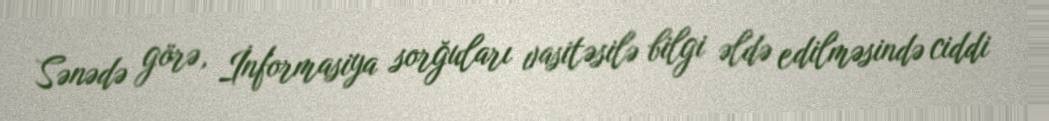
Sənədə görə, İnformasiya sorğuları vasitəsilə bilgi əldə edilməsində ciddi